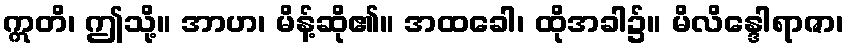
ဣတိ၊ ဤသို့။ အာဟ၊ မိန့်ဆို၏။ အထခေါ၊ ထိုအခါ၌။ မိလိန္ဒေါရာဇာ၊